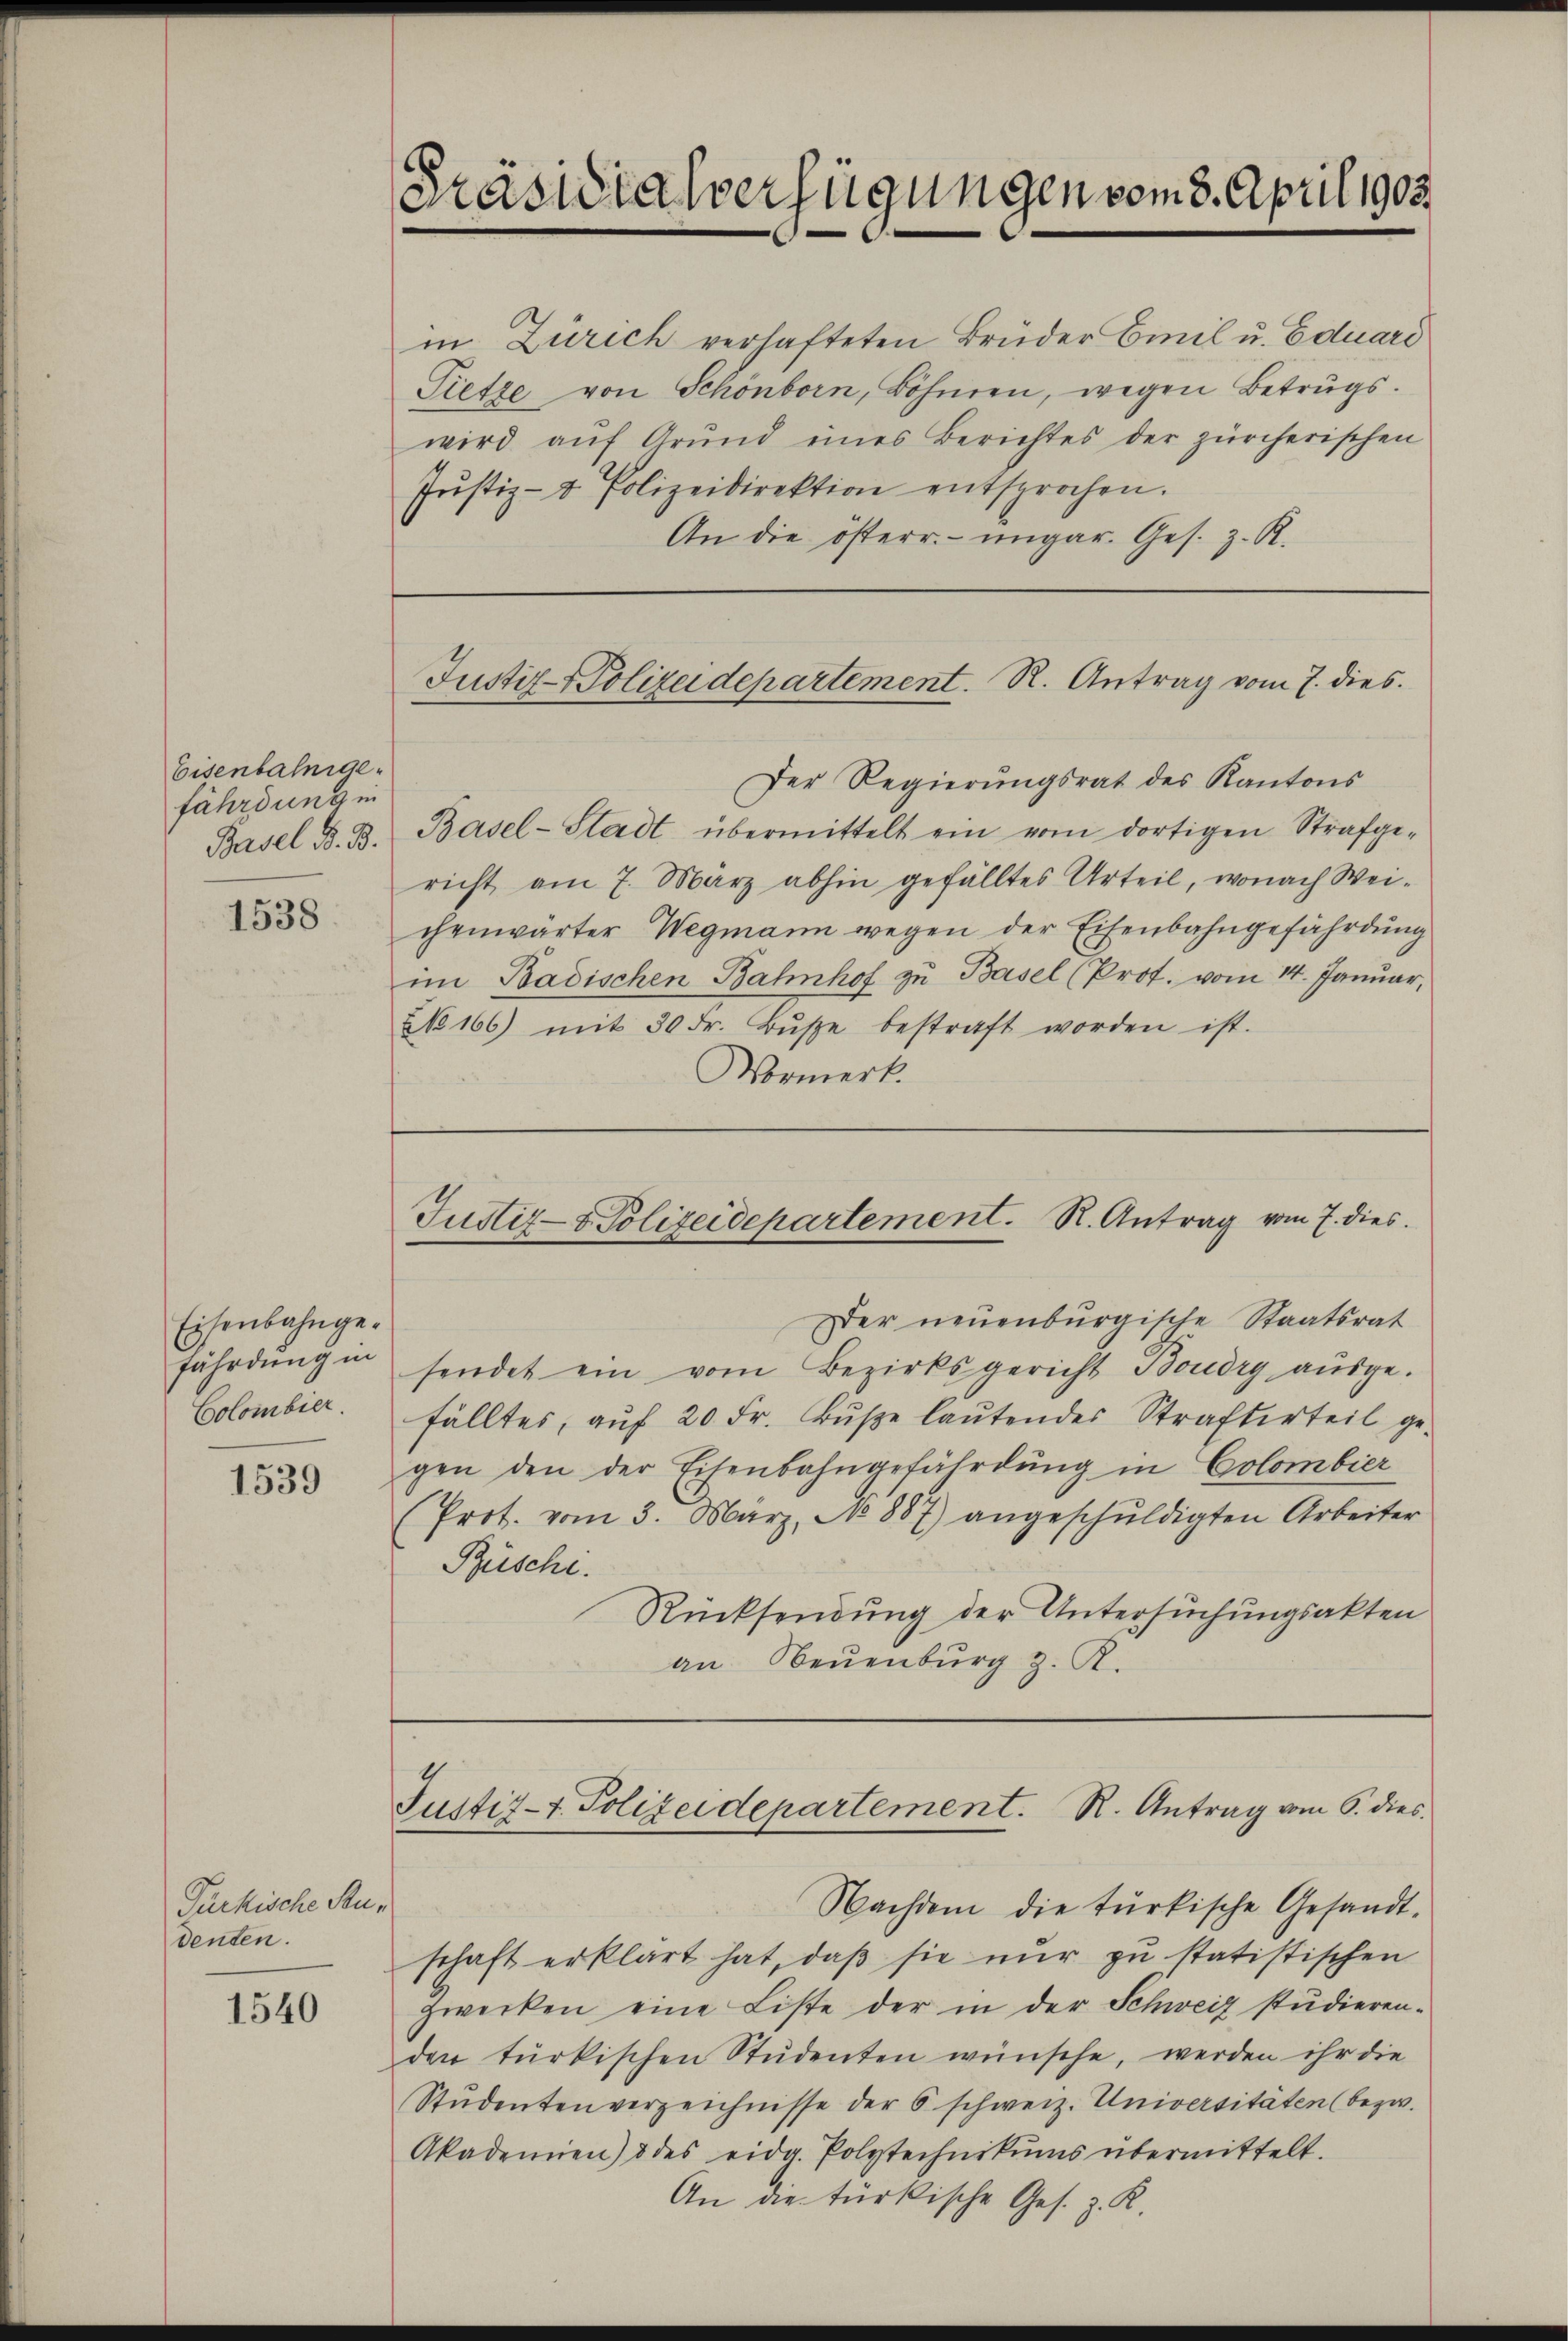
Eisenbahnige
fährdung in
Basel d. B.

1538

Eisenbahngefährdung in
Colombier.

1539

Purkische Stun
denten.

1540

Präsidialverfügungen vom 8. April 1903

in Zürich verhafteten Bruder Emil u. Eduard
Tietze von Schönborn, Böhnen, wegen Betrugs-
wird aŭf Grund eines Berichtes der zürcherischen
Jŭstiz- & Polizeidirektion entsprochen.
An die österr. ungar. Ges. z. R.

Justiz-Polizeidepartement. R. Antrag vom 7. dies

Der Regierungsrat des Kantons
Basel-Stadt übermittelt ein vom dortigen Strafge-
richt am 7. März abhin gefälltes Urteil, wonach Weichenwärter Wegmann wegen der Eisenbahngefährdung
im Badischen Bahnhof zu Basel (Prof. vom 14. Januar,
NNo. 166) mit 30 Fr. Bŭβe bestraft worden ist.
Mormerk.

Der neuenburgische Staatsrat
sendet ein vom Bezirksgericht Boudry aŭsge-
fälltes, aŭf 20 Fr. Bŭβe laŭtendes Strafterteil ge-
gen den der Eisenbahngefährdung in Colombier
Prot. vom 3. März, No 887) angeschŭldigten Arbeiter
Büsche.
Rücksendung der Untersuchungsakten
an Neuenburg z. R.

Justiz- & Polizeidepartement. R. Antrag vom 7. dies

Justiz-7. Polizeidepartement. R. Antrag vom 6. dies

Nachdem die türkische Gesandt-
schaft erklärt hat, daß sie nur zu statistischen
zwecken eine Liste der in der Schweiz studieren-
den türkischen Studenten wünsche, werden ihr die
Studentenverzeichnisse der 6 schweiz. Universitäten (bezw.
Akademien) 5 des eidg. Polytechnikums übermittelt.
An die türkische Ges. z. R.